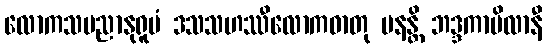
လောကသမညာနုရူပံ ဒသသဟဿီလောကဓာတု မနန္တိ ဘဒ္ဒကာပိလာနီ